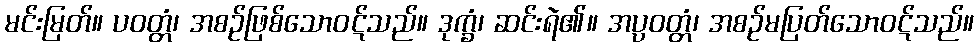
မင်းမြတ်။ ပဝတ္တံ၊ အစဉ်ဖြစ်သောဝဋ်သည်။ ဒုက္ခံ၊ ဆင်းရဲ၏။ အပ္ပဝတ္တံ၊ အစဉ်မပြတ်သောဝဋ်သည်။